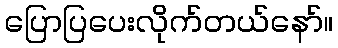
ပြောပြပေးလိုက်တယ်နော်။